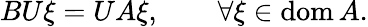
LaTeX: BU\xi=UA\xi,\qquad\forall\xi\in\operatorname{dom}A.